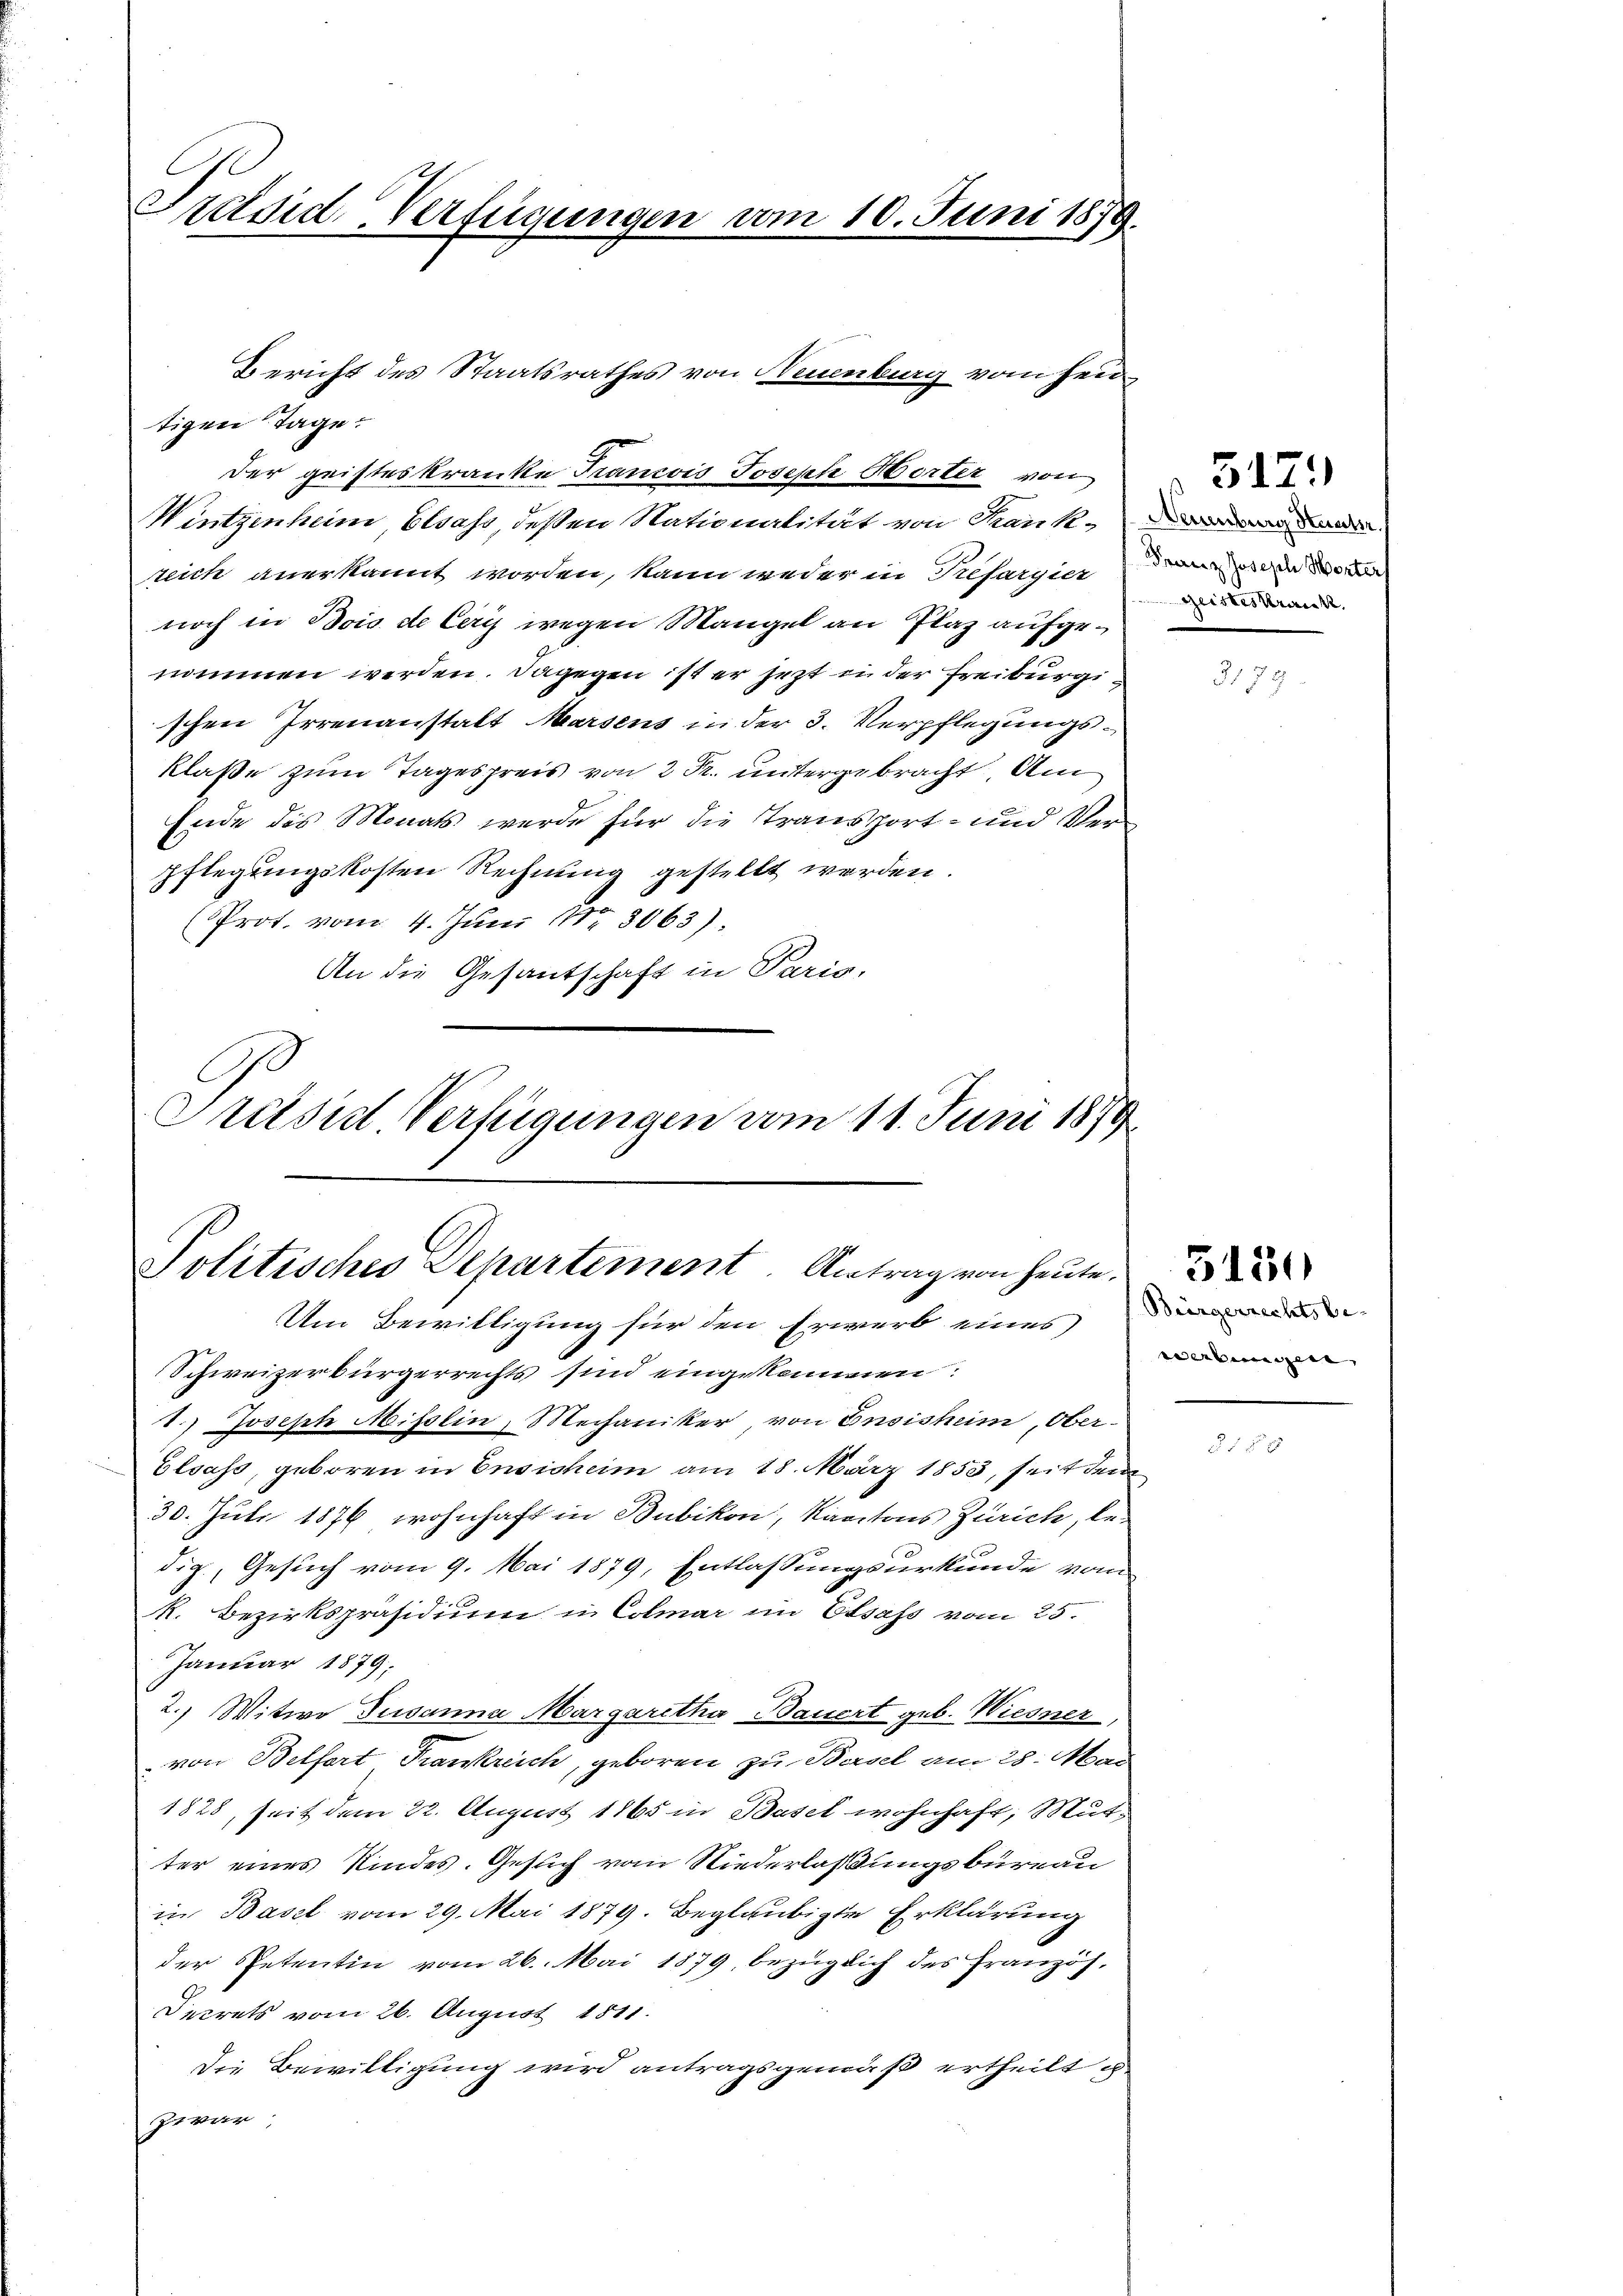
Srdsid-Verfügungen

Politisches Departement. Antrag von heute.
Um Bewilligung für den Erwerb eines

10. Juni 1879.

Bericht des Staatsrathes von Neuenburg vom Jentigen Tage.
der geisteskranke Francois Joseph Horter von
Wintgenheim Elsass, deßen Nationalität von Trank, der
zeich anerkannt worden, kann weder in Tresargier, da es da die
noch in Bois de Ceris wegen Mangel an Plaz aufgenommen werden. Dagegen ist er jezt in der Freiburgischen Irrenanstalt Marsens in der 3. Verpflegungsklaße zum Tagespreis von 2 R. untergebracht. Am
Ende des Monats werde für die Transport- und Ver¬
Pflegungskosten Rechnung gestellt werden.
(Prot. vom 4. Juni 13063).
An die Gesantschaft in Paris,
Präsid Verfügungen vom 11. Juni 1879

Schweizerbürgerrechts sind eingekommen
1.) Joseph Misslin, Mechaniker, von Ensisheim, Ober¬
Elsass, geboren in Ensichein am 18. März 1853, seit dem
30. Juli 1876, wohnhaft in Bubikon, Kantons Zürich, bedig., Gesuch vom 9. Mai 1879, Entlassungsurkunde vom
k. Bezirkspräsidium in Colmar im Elsass vom 25.
Januar 1879;
2.) Witwe Susanna Margaretha Bauert geb. Wiesner,
von Belfort, Krankreich, geboren zu Basel am 28. Mai
1828, seit dem 22. August 1865 in Basel wohnhaft, Mutter eines Kindes. Gesuch vom Niederlaßungsbureau
in Basel vom 29. Mai 1879. Beglaubigte Erklärung
der Petentin vom 26. Mai 1879, bezüglich des Französ.
Decrets vom 26. August 1811.
Die Bewilligung wird antragsgemäß ertheilt es
Zivar,

Geisteskrank.

31

517.

Bürgerrechtsbe-
werbungen, |

3180

§ 15 x